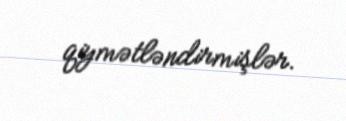
qiymətləndirmişlər.